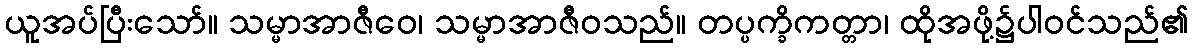
ယူအပ်ပြီးသော်။ သမ္မာအာဇီဝေ၊ သမ္မာအာဇီဝသည်။ တပ္ပက္ခိကတ္တာ၊ ထိုအဖို့၌ပါဝင်သည်၏